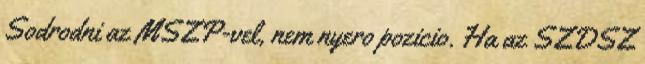
Sodrodni az MSZP-vel, nem nyero pozicio. Ha az SZDSZ